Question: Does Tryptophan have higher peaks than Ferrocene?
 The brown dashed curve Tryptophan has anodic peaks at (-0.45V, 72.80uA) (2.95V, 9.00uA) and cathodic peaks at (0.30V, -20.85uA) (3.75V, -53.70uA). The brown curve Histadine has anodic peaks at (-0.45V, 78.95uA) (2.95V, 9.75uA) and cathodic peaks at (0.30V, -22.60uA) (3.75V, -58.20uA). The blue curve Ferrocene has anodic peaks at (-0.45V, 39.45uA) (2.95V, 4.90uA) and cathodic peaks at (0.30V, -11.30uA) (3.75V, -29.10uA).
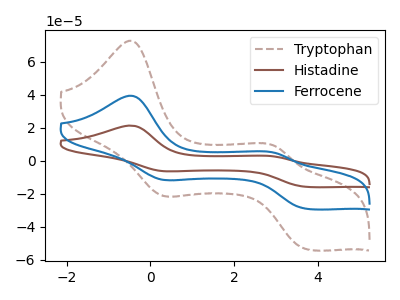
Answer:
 <answer>Every peak in "Tryptophan" is higher than every peak in "Ferrocene".</answer>
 <eval>higher</eval>